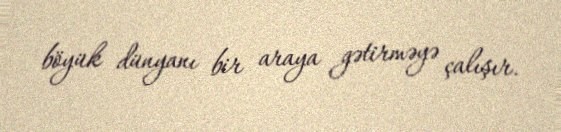
böyük dünyanı bir araya gətirməyə çalışır.